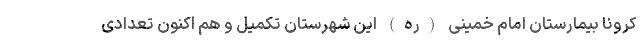
کرونا بیمارستان امام خمینی (ره) این شهرستان تکمیل و هم اکنون تعدادی